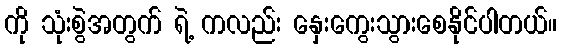
ကို သုံးစွဲအတွက် ရဲ့ ကလည်း နှေးကွေးသွားစေနိုင်ပါတယ်။